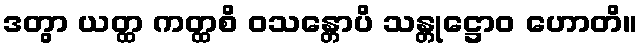
ဒတွာ ယတ္ထ ကတ္ထစိ ဝသန္တောပိ သန္တုဋ္ဌောဝ ဟောတိ။